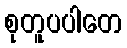
စုတူပပါတေ